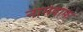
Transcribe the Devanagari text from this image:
नामदाफ